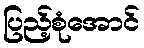
ပြည့်စုံအောင်